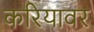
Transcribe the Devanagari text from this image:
करियावर